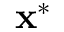
\mathbf { x } ^ { * }